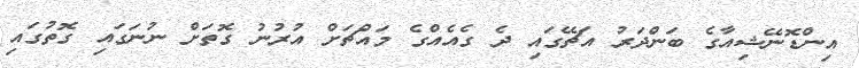
އިންޑޮނޭޝިއާގެ ބަންދަރު އަޗޭގައި ދެ ގެއެއްގެ މައްޗަށް އުރުނު ގޮތަށް ނުނަގައި ގޮތުގައި